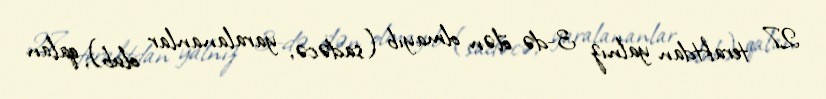
27 teraktdan yalnız 3-də ölən olmayıb (sadəcə, yaralananlar olub), qalan